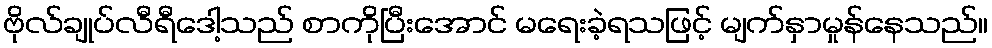
ဗိုလ်ချုပ်လီရီဒေါ့သည် စာကိုပြီးအောင် မရေးခဲ့ရသဖြင့် မျက်နှာမှုန်နေသည်။